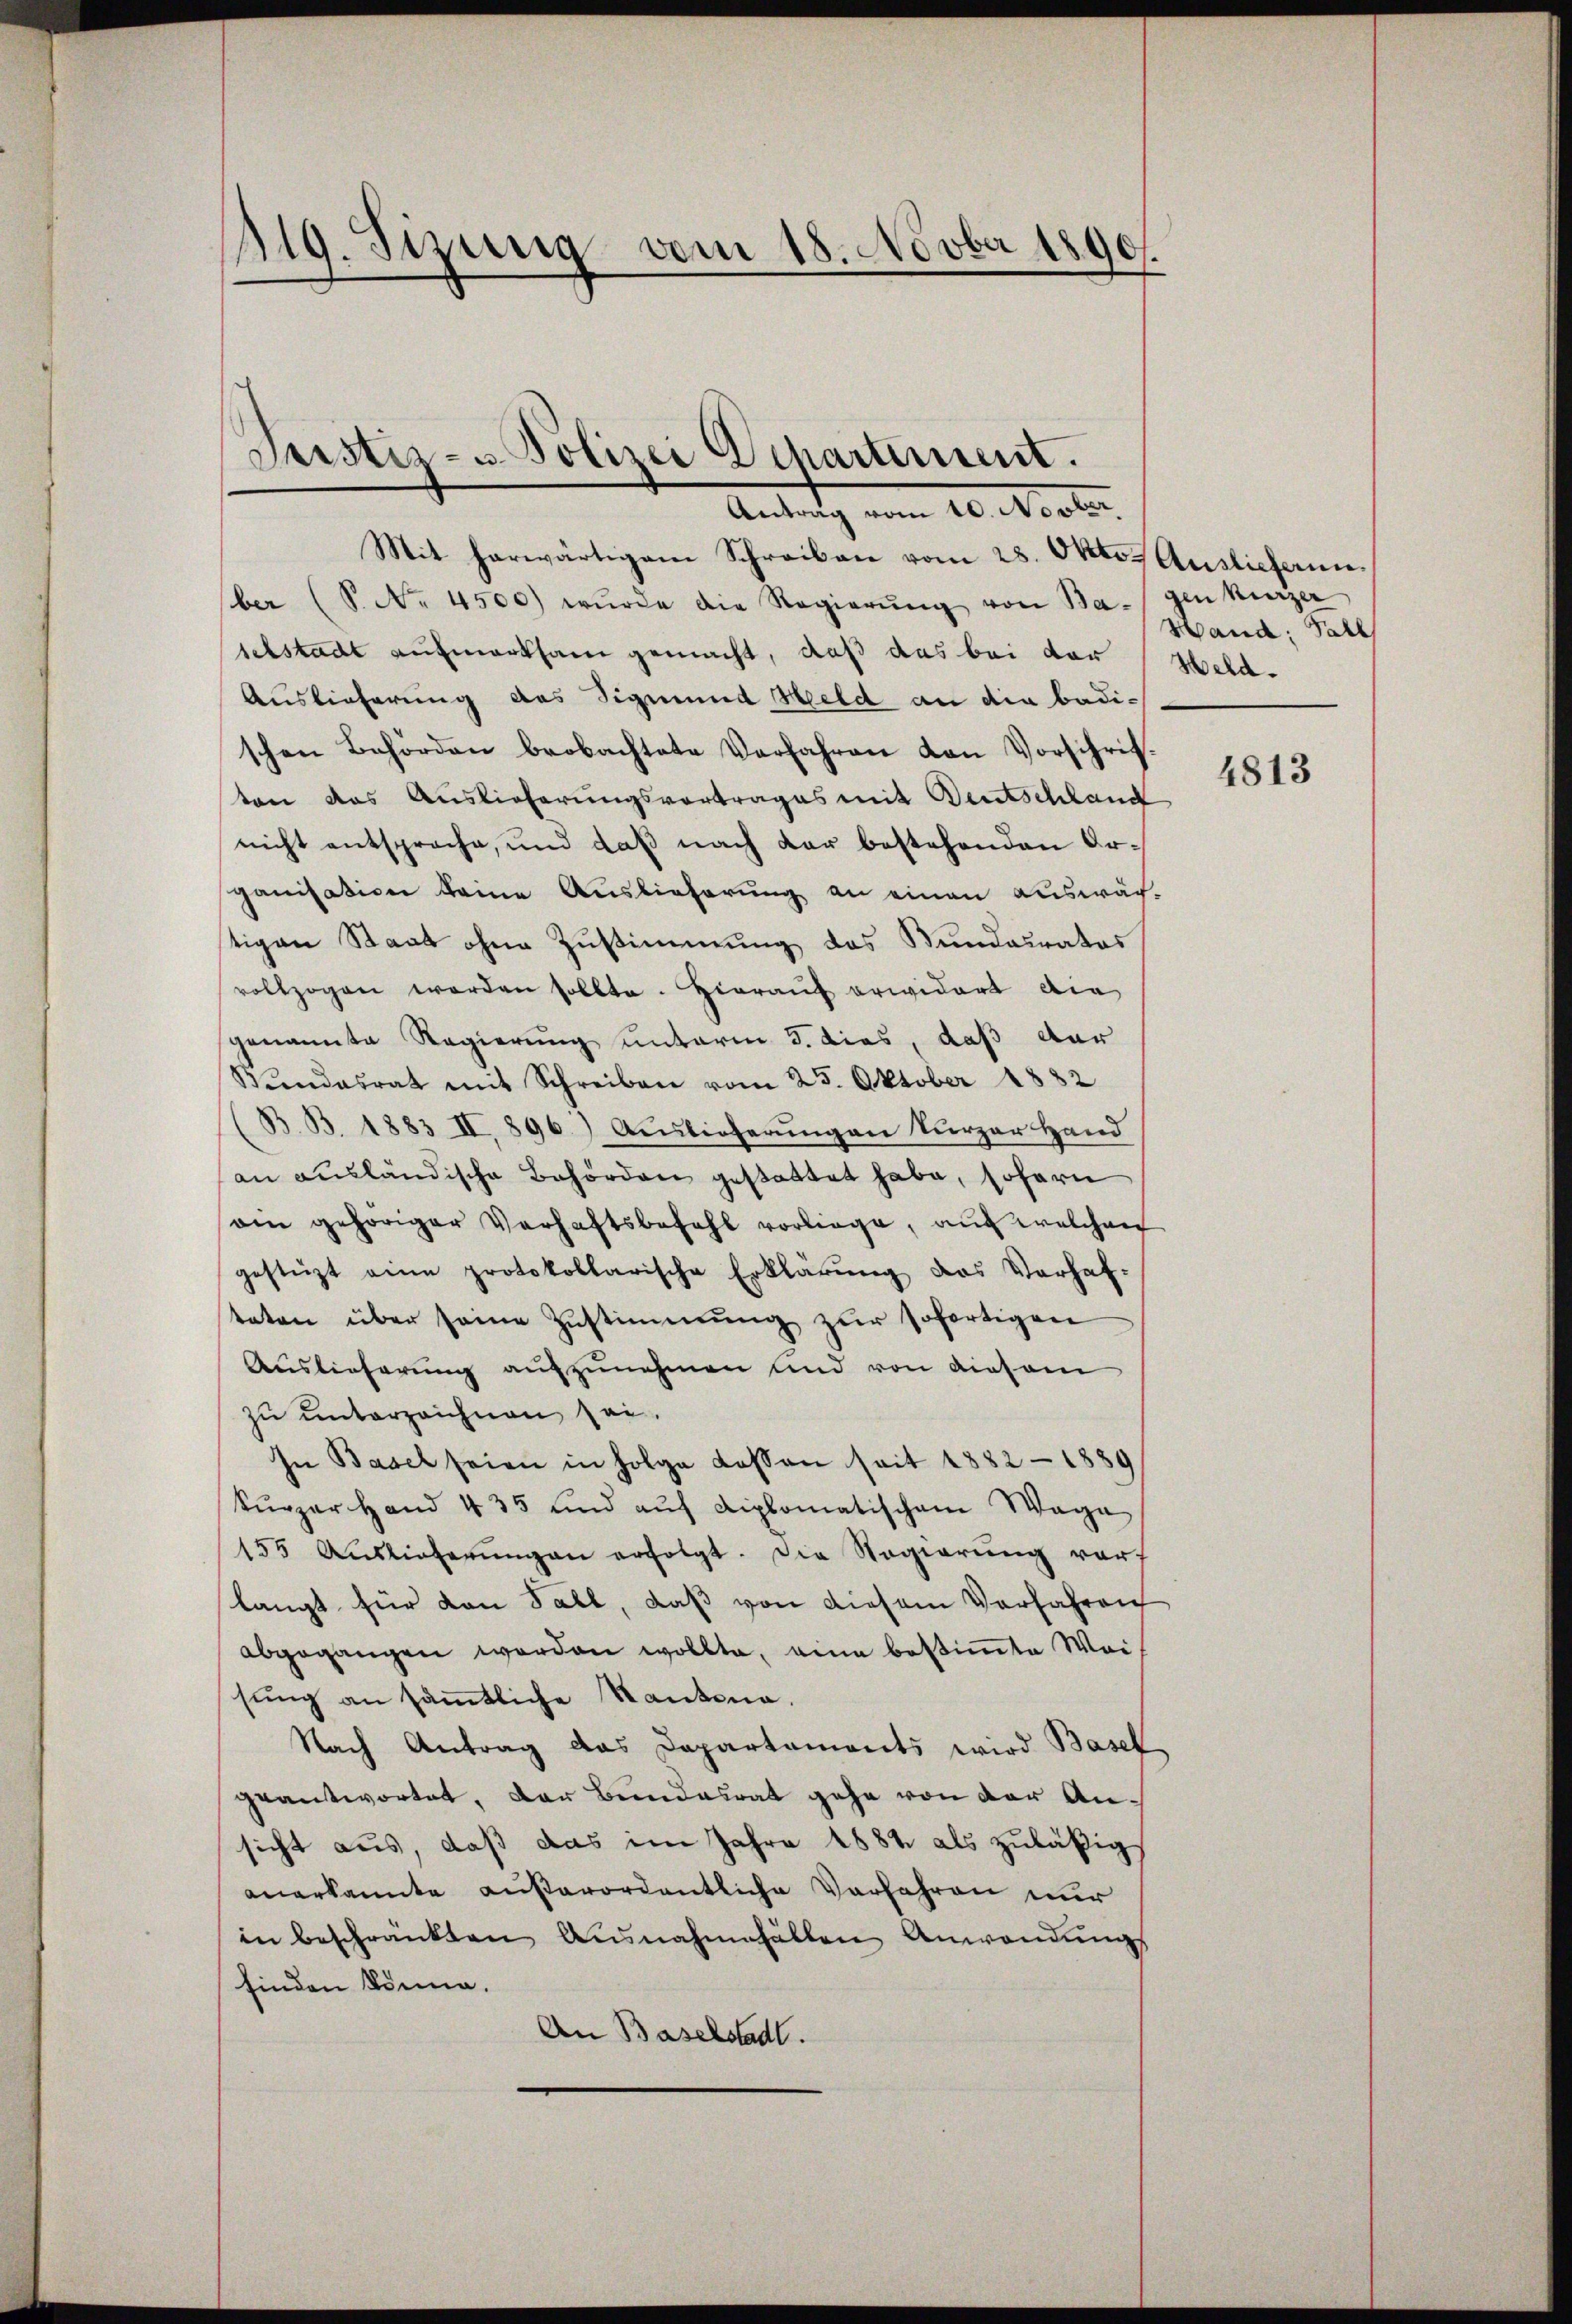
119. Sizung vom 18. Novber 1890
f

Justiz- u Polizei Departement.
Antrag vom 10. Novbr.

Mit herwärtigem Schreiben vom 28. Oktor Auslieferun
ber (S. No. 4500) wŭrde die Regierŭng von Bagen kurzer
selstadt aufmerksam gemacht, daß das bei der
Auslieferung das Sigmund Held an die badischen Behörden beobachtete Verfahren den Vorschrif-
ten das Auslieferungsvortrages mit Deutschland
nicht entsproche, und daß nach der bestehenden Organisation keine Auslieferung an einen auswächstigen Staat ohne Zustimmung des Bundesrates
vollzogen werden sollte. Hierauf erwidert die
genannte Regierung unterm 3. dies, daß der
Wundesrat mit Schreiben vom 25. Oktober 1882
B. B. 1883 II, 896) Auslieferungen kurzer Hand
an ausländische Behörden gestattet habe, sofern
ain gehöriger Verhaftsbefehl vorliege, auf welchen
gestüzt eine protokollarische Erklärŭng das Verhaf-
teten über seine Zustimmung zur sofortigen
Auslieferung aufzunehmen und von diesem
zu unterzeichnen sei.
In Basel seien in Folge dessen seit 1882 - 1889
kŭrzer Hand 435 und aŭf diplomatischem Wage
155 Auslieferŭngen erfolgt. Die Regierung vorlangt für von Fall, daß von diesem Verfahren
abgegangen worden wollte, eine bestimmte Weisung an sämtliche Kantona¬
Nach Antrag das Departaments wird Basel
geantwortet, der Bundesrat gehe von der Ansicht aus, daß das im Jahre 1884 als zuläßig
anerkannte außerordentliche Verfahren nur
in beschränkten Ausnahmefällen Anwendungs
finden könne.
An Baselstadt.

Hand: Pall
Held.

4813